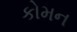
કોમન